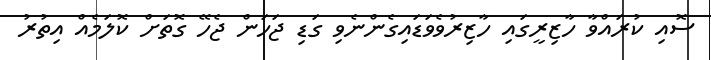
ސޮއި ކުރައްވާ ހާޒިރީގައި ހާޒިރުވެވަޑައިގެންނެވި ގަޑި ޖަހަން ޖެހޭ ގޮތަށް ކޮލަމެއް އިތުރު